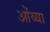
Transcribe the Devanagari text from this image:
ओंव्या